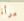
مرأة